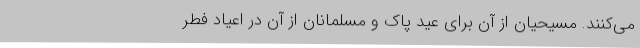
می‌کنند. مسیحیان از آن برای عید پاک و مسلمانان از آن در اعیاد فطر